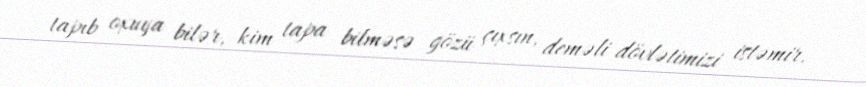
tapıb oxuya bilər, kim tapa bilməsə gözü çıxsın, deməli dövlətimizi istəmir.